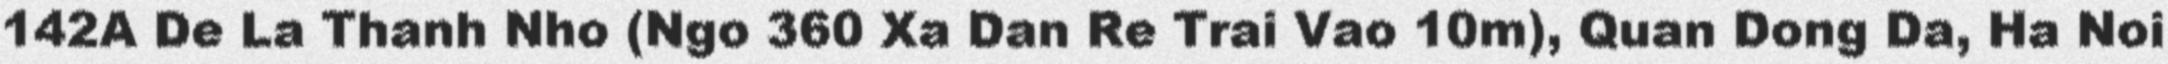
142A De La Thanh Nho (Ngo 360 Xa Dan Re Trai Vao 10m), Quan Dong Da, Ha Noi